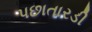
પછાતારડી